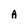
Character: A